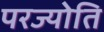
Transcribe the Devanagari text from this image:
परज्योति